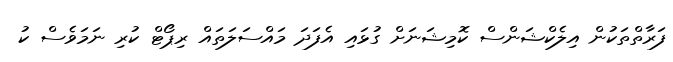
ފަރާތްތަކުން އިލެކްޝަންސް ކޮމިޝަނަށް ގުޅައި އެފަދަ މައްސަލަތައް ރިޕޯޓް ކުރި ނަމަވެސް ކު